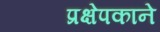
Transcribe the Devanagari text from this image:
प्रक्षेपकाने